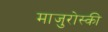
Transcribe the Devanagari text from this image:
माजुरोस्की